Veterinary [1909] -
Year: 1909
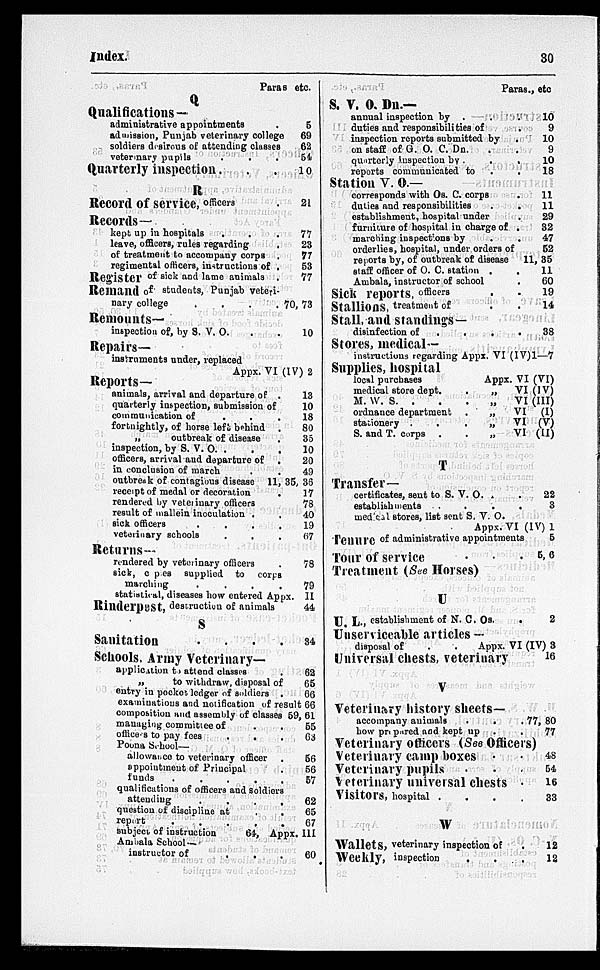
Index.
30
Paras
etc.
Q
Qualifications—
administrative appointments .
admission, Punjab veterinary college
soldiers desirous of attending classes
veterinary pupils
.
.
.
Quarterly inspection . . .
R
Record of service, officers .
Records—
kept up in hospitals
.
.
.
leave, officers, rules regarding .
of treatment to accompany corps .
regimental officers, instructions of .
Register of sick and lame animals .
Remand of students, Punjab veteri-
nary college
.
.
.
.
Remounts—
inspection of, by S. V. O. . .
Repairs—
instruments under, replaced
5
69
62
54
10
21
77
23
77
53
77
70, 73
10
Appx. VI (IV) 2
Reports—
animals, arrival and departure of .
quarterly inspection, submission of
communication of . . .
fortnightly, of horse left behind .
„
outbreak of disease .
inspection, by S. V. O. .
.
.
officers, arrival and departure of
.
in conclusion of march . .
13
10
18
80
35
10
20
49
outbreak of contagious disease 11, 35, 36
receipt of medal or decoration
.
rendered by veterinary officers
result of mallein inoculation . .
sick officers
.
.
.
.
veterinary schools . . .
17
78
40
19
67
Returns—
rendered by veterinary officers .
sick, c p es supplied to
corps
marching
.
.
.
.
statistical, diseases how entered Appx.
Rinderpest, destruction of animals
78
79
II
44
S
Sanitation
.
.
.
.
Schools, Army Veterinary—
application to attend classes .
„
to withdraw, disposal of
entry in pocket ledger of soldiers .
34
62
65
66
examinations and notification of result 66
composition and assembly of classes 59, 61
managing committee of
officers to pay fees
.
.
.
Poona School—
allowance to veterinary officer
appointment of Principal
funds
.
.
.
.
.
qualifications of officers and Soldiers
attending . . . .
question of discipline at
.
.
report
.
.
.
.
55
63
56
56
57
62
65
67
subject, of instruction
64, Appx. III
Ambala School—
instructor of
.
.
.
60
S. V. O. Dn.—
annual inspection by . . .
duties and responsibilities of
inspection reports submitted by
.
on staff of G. O. C. Dn. . .
quarterly inspection by .
.
.
reports communicated to
.
.
Paras.,
etc
10
9
10
9
10
18
Station V. O.—
corresponds with Os. C. corps
.
duties and responsibilities
.
.
establishment, hospital under
.
furniture of hospital in charge of .
marching inspections by
.
.
orderlies, hospital, under orders of
reports by, of outbreak of disease
staff officer of O. C. station .
.
Ambala, instructor of school
Sick reports, officers . .
Stallions, treatment of . .
Stall, and standings—
disinfection of
.
.
.
.
11
11
29
32
47
52
11, 35
11
60
19
14
38
Stores, medical—
instructions regarding Appx. VI (IV)1—7
Supplies, hospital
local purchases
Appx. VI (VI)
medical store dept.
.
„
VI (IV)
M. W. S.
.
.
„
VI (III)
ordnance department
.
„
VI
(I)
stationery
.
.
.
„
VI
(V)
S. and T. corps .
„
VI (II)
T
Transfer—
certificates, sent to S. V. O. . .
establishments
.
.
.
medical stores, list sent S. V. O.
22
3
Appx. VI (IV) 1
Tenure of administrative appointments
Tour of service . . .
5
5, 6
Treatment (See Horses)
U
U. L., establishment of N. C. Os.
.
Unserviceable articles —
disposal of
.
.
Appx. VI
Universal chests, veterinary
2
(IV) 3
16
V
Veterinary history sheets—
accompany animals .
.
how prepared and kept up
. .
77, 80
77
Veterinary officers (See Officers)
Veterinary camp boxes . .
Veterinary pupils . .
Veterinary universal chests .
Visitors, hospital . . .
W
Wallets, veterinary inspection of .
Weekly, inspection . . .
48
54
16
33
12
12